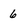
Character: 6